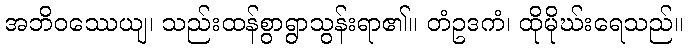
အဘိဝဿေယျ၊ သည်းထန်စွာရွာသွန်းရာ၏။ တံဥဒကံ၊ ထိုမိုဃ်းရေသည်။